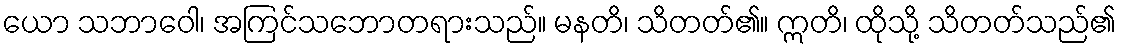
ယော သဘာဝေါ၊ အကြင်သဘောတရားသည်။ မနတိ၊ သိတတ်၏။ ဣတိ၊ ထိုသို့ သိတတ်သည်၏